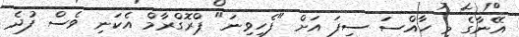
އޭނާގެ މި ހާއްސަ ސިފަ އަށް "ފެހިވިނަ" ޕްރޮގްރާމް އެކަނި ވެސް ފުދެ